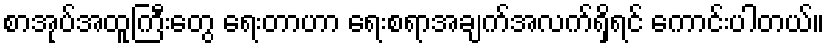
စာအုပ်အထူကြီးတွေ ရေးတာဟာ ရေးစရာအချက်အလက်ရှိရင် ကောင်းပါတယ်။